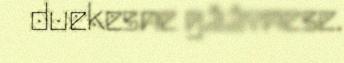
duekesne gååvnese.